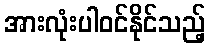
အားလုံးပါဝင်နိုင်သည့်